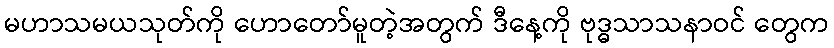
မဟာသမယသုတ်ကို ဟောတော်မူတဲ့အတွက် ဒီနေ့ကို ဗုဒ္ဓသာသနာဝင် တွေက